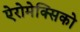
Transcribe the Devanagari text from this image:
ऐरोमेक्सिको